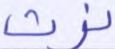
نرث